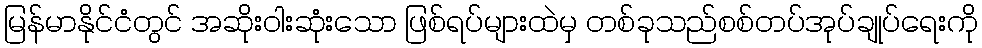
မြန်မာနိုင်ငံတွင် အဆိုးဝါးဆုံးသော ဖြစ်ရပ်များထဲမှ တစ်ခုသည်စစ်တပ်အုပ်ချုပ်ရေးကို